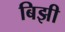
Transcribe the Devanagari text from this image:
बिझी